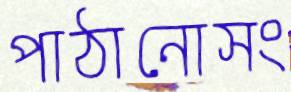
পাঠানোসং